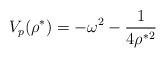
\begin{align*}V_p(\rho^*)=-\omega^2 -\frac{1}{4\rho^{*2}}\end{align*}